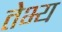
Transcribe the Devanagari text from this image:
तेभ्य